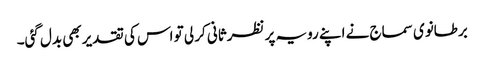
برطانوی سماج نے اپنے رویہ پر نظرثانی کر لی تو اس کی تقدیر بھی بدل گئی۔